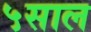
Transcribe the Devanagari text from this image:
५साल